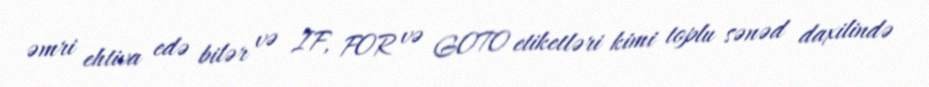
əmri ehtiva edə bilər və IF, FOR və GOTO etiketləri kimi toplu sənəd daxilində